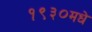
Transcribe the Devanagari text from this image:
१९३०मधे